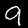
Digit: 9